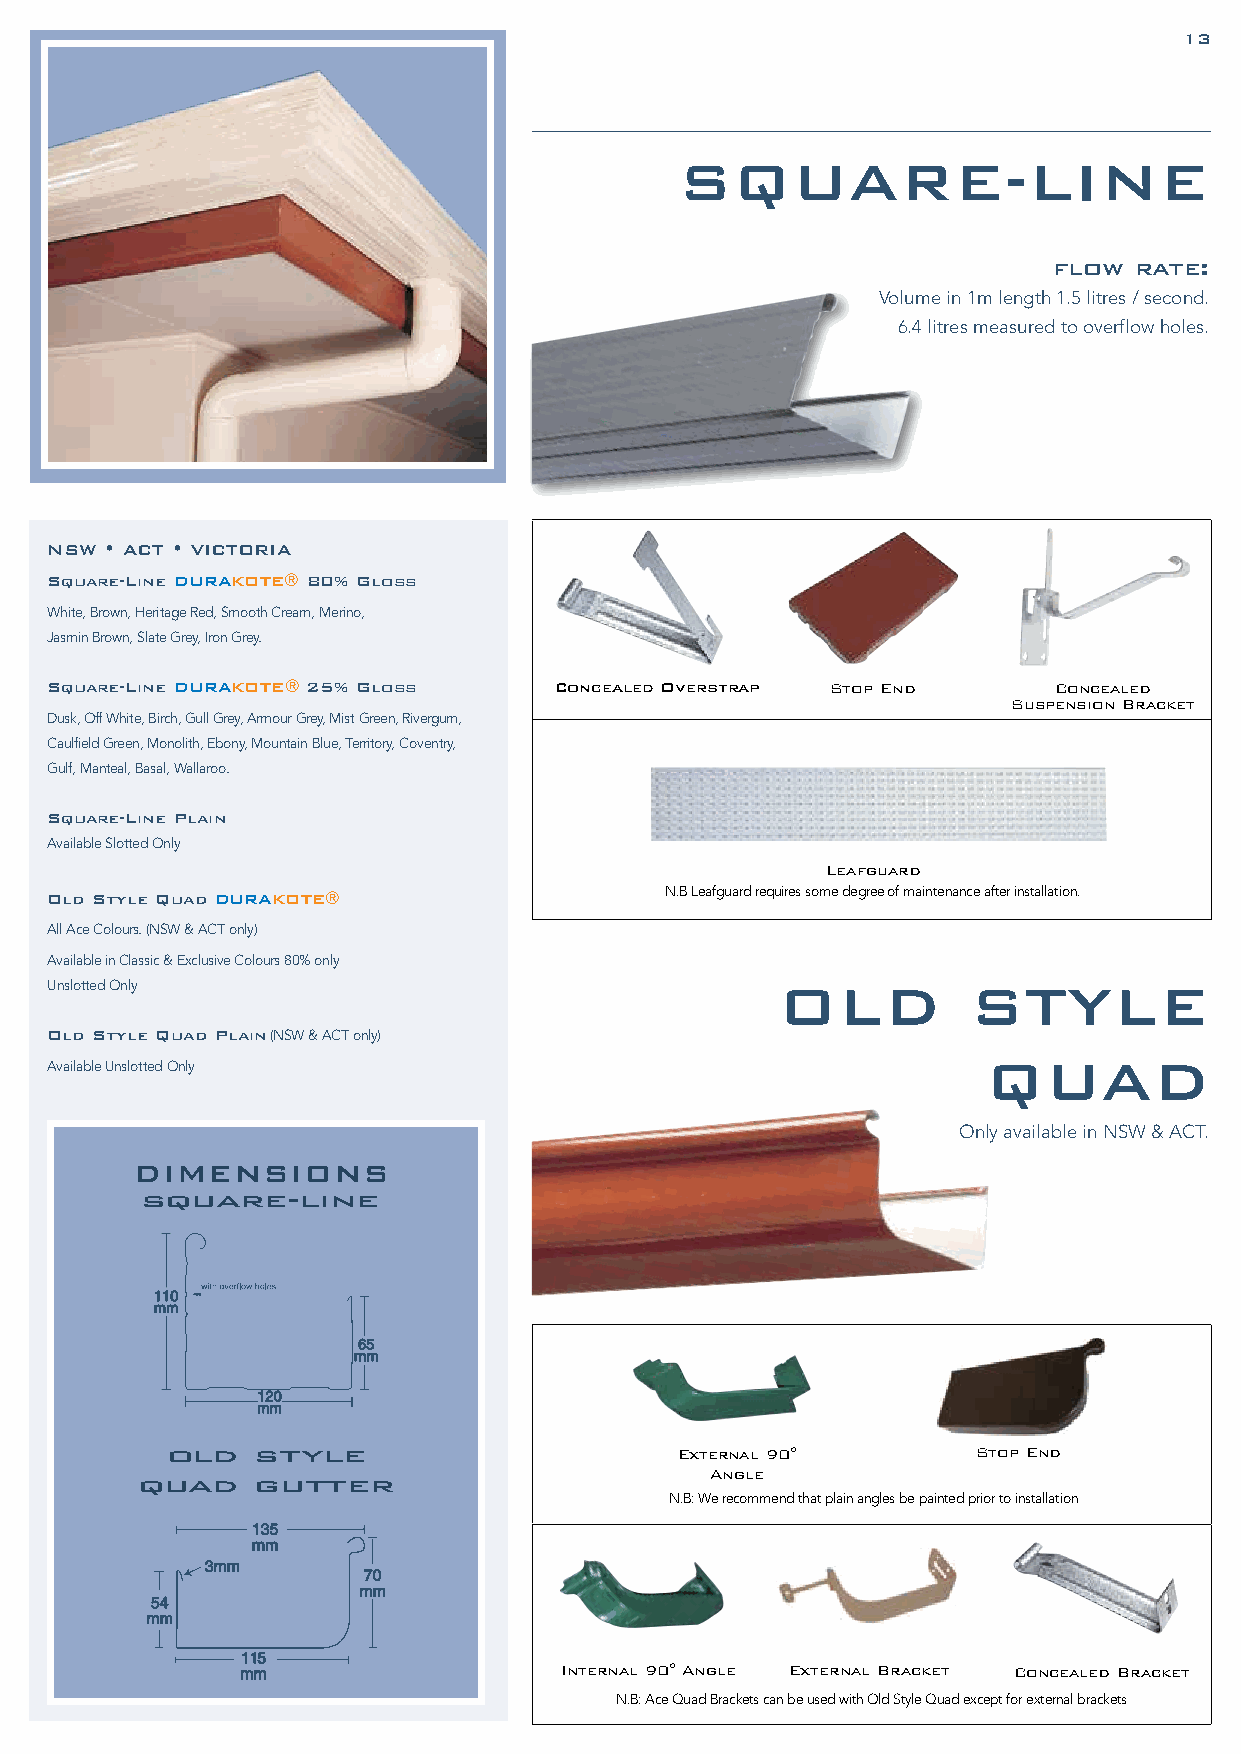
12                                                                            13
 SQUARE-LINE
 flow rate:
 Volume in 1m length 1.5 litres / second.
 6.4 litres measured to overflow holes.
 NSW • ACT • VICTORIA
 Square-Line DURAKOTE® 80% Gloss
 White, Brown, Heritage Red, Smooth Cream, Merino,
 Jasmin Brown, Slate Grey, Iron Grey.
 Square-Line DURAKOTE® 25% Gloss   Concealed Overstrap Stop End     Concealed
 Suspension Bracket
 Dusk, Off White, Birch, Gull Grey, Armour Grey, Mist Green, Rivergum,
 Caulfield Green, Monolith, Ebony, Mountain Blue, Territory, Coventry,
 Gulf, Manteal, Basal, Wallaroo.
 Square-Line Plain
 Available Slotted Only
 Leafguard
 Old Style Quad DURAKOTE®                 N.B Leafguard requires some degree of maintenance after installation.
 All Ace Colours. (NSW & ACT only)
 Available in Classic & Exclusive Colours 80% only
 Unslotted Only                                   OLD         STYLE
 Old Style Quad Plain (NSW & ACT only)
 QUAD
 Available Unslotted Only
 Only available in NSW & ACT.
 DIMENSIONS
 square-line
 old   style                       External 90°        Stop End
 Angle
 quad    gutter
 N.B: We recommend that plain angles be painted prior to installation
 Internal 90° Angle External Bracket Concealed Bracket
 N.B: Ace Quad Brackets can be used with Old Style Quad except for external brackets